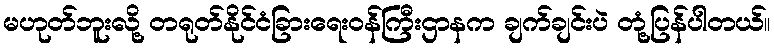
မဟုတ်ဘူးလို့ တရုတ်နိုင်ငံခြားရေးဝန်ကြီးဌာနက ချက်ချင်းပဲ တုံ့ပြန်ပါတယ်။